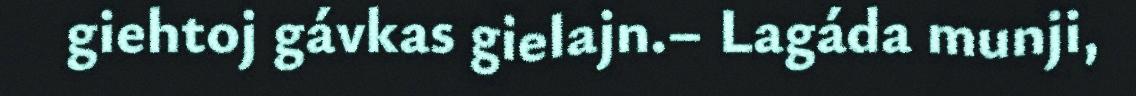
giehtoj gávkas gielajn.– Lagáda munji,